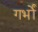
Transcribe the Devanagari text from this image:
गर्भों